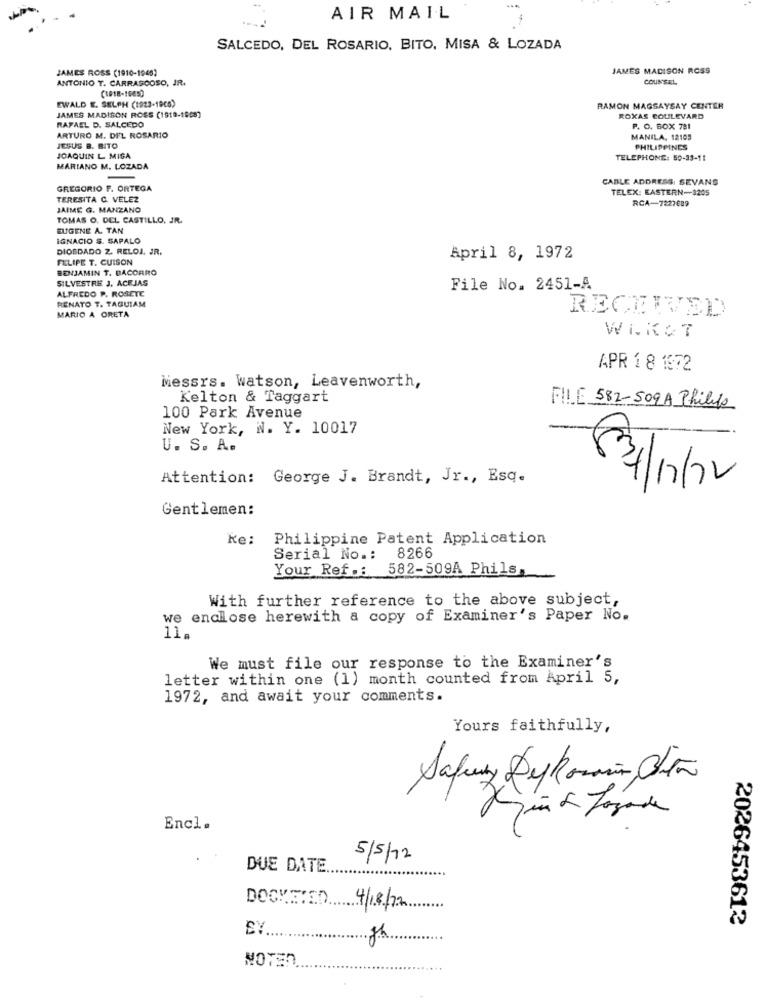
-..
AIR MAIL
-
SALCEDO, DEL ROSARIO, BITO, MISA & LOZADA
JAMES ROSS (1910-1945)
JAMES MADISON ROSS
ANTONIO T. CARRASCOSO, JR.
COUNSEL
EWALD E. SELPH (1923-1908)
RAMON MAGSAYSAY CENTER
RAFAEL D. SALCEDO
JAMES MADISON ROSS (1918-1658)
ROXAS BOULEVARD
P. O. BOX 781
ARTURO M. DEL ROSARIO
MANILA, 12105
JESUS B. BITO
PHILIPPINES
JOAQUIN L MISA
TELEPHONE: 50-33-11
MARIANO M. LOZADA
CABLE ADDRESS. SEVANS
GREGORIO F. ORTEGA
TELEX: EASTERN-3205
TERESITA C. VELEZ
RCA-7227689
JAIME G. MANZANO
TOMAS O. DEL CASTILLO, JR.
EUGENE A. TAN
IGNACIO S. SAPALO
DIOSDADO Z. RELOJ, JR.
FELIPE T. CUISON
April 8, 1972
BENJAMIN T. BACORRO
SILVESTRE J. ACEJAS
ALFREDO P. ROSETE
File No. 2451-A
RENATO T. TAGUIAM
RECEIVED
MARIO A ORETA
Wi.KOT
APR 1 8 1972
Messrs. watson, Leavenworth,
Kelton & Taggart
FILE 582-509A Philips
100 Park Avenue
New York, N. Y. 10017
U. S. A.
Attention: George J. Brandt, Jr ., Esq.
Gentlemen:
ke:
Philippine Patent Application
8266
Serial No .:
Your Ref .:
582-509A Phils,
With further reference to the above subject,
we enclose herewith a copy of Examiner's Paper No.
We must file our response to the Examiner's
letter within one (1) month counted from April 5,
1972, and await your comments.
Yours faithfully,
Kind Logade
Encl.
5/5/12
DUE DATE.
DOCKFIED 4/18/2
2026453612
EY ...
Jh
NOTEN